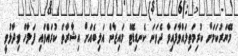
މޭޔަރުކަމަށް ކުރިމަތިލައްވާފައިވާ ދެވަނަ ކެނޑިޑޭޓް މައިޒާން އަލިބެއަށް އިޝާރާތް ކުރައްވައި ފަލާހް ވިދާޅުވީ